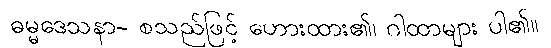
ဓမ္မဒေသနာ- စသည်ဖြင့် ဟေားထား၏၊ ဂါထာများ ပါ၏။